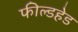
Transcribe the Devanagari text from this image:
फील्डहेड